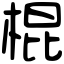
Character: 棍